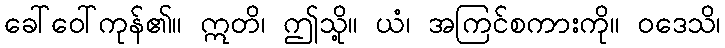
ခေါ်ဝေါ်ကုန်၏။ ဣတိ၊ ဤသို့။ ယံ၊ အကြင်စကားကို။ ဝဒေသိ၊